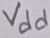
Text: Vdd